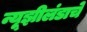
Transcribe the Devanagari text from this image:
न्यूझीलंडाचे